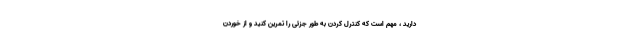
دارید ، مهم است که کنترل کردن به طور جزئی را تمرین کنید و از خوردن